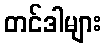
တင်ဒါများ